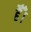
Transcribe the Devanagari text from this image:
हैैँँ।